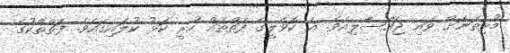
މުޅިތަނަށް ވައި ޖައްސާލިއެވެ. އެ ކޮވެލީގެ ފަތްތައް ހުރީ ކަޅު ކުލައިގައެވެ. ފަތްތްކުގެ